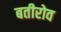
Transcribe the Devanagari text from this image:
बतीरोव